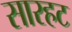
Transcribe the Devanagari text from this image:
सारहट